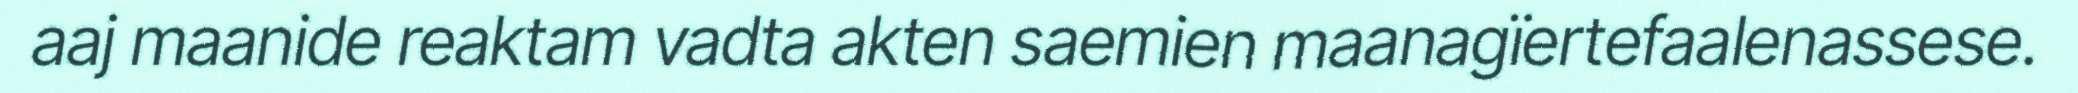
aaj maanide reaktam vadta akten saemien maanagïertefaalenassese.